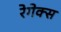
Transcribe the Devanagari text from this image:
रेगेक्स